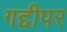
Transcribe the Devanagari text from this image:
गद्दीपर